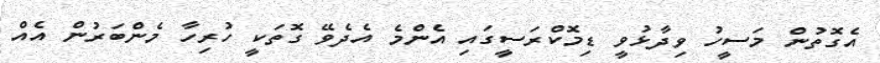
އެގޮތުން މަސީހު ވިދާޅުވީ ޑިމޮކްރަސީގައި އެންމެ އެދެވޭ ގޮތަކީ ހުރިހާ މެންބަރުން އެއް